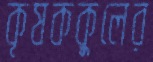
কৃষককুলের